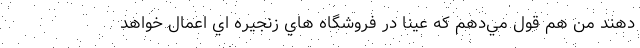
دهند من هم قول مي‌دهم که عینا در فروشگاه هاي زنجيره اي اعمال خواهد